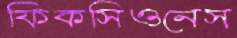
ফিকসিওনেস